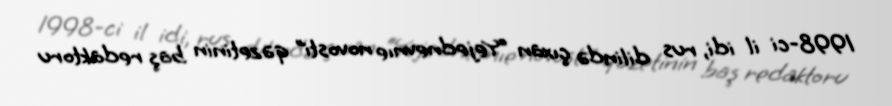
1998-ci il idi, rus dilində çıxan “Yejednevnıe novosti” qəzetinin baş redaktoru